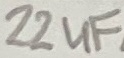
Text: 22uF